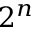
2 ^ { n }